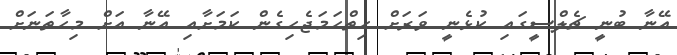
އޭނާ ބުނީ ޗެލްސީގައި ކުޅެނީ ވަރަށް ހިތްހަމަޖެހިގެން ކަމަށާއި އޭނާ އަށް މިހާތަނަށް